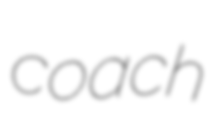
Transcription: coach